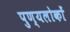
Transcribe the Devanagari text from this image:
पुण्यलोकों